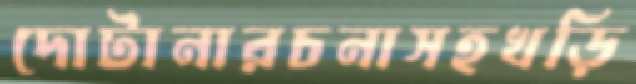
দোটানারচনাসহখড়ি